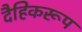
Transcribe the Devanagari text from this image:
दैहिकरूप